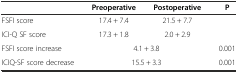
<table><thead><tr><td></td><td><b>Preoperative</b></td><td><b>Postoperative</b></td><td><b>P</b></td></tr></thead><tbody><tr><td>FSFI score</td><td>17.4 + 7.4</td><td>21.5 + 7.7</td><td></td></tr><tr><td>ICI-Q SF score</td><td>17.3 + 1.8</td><td>2.0 + 2.9</td><td></td></tr><tr><td>FSFI score increase</td><td colspan="2">4.1 + 3.8</td><td>0.001</td></tr><tr><td>ICIQ-SF score decrease</td><td colspan="2">15.5 + 3.3</td><td>0.001</td></tr></tbody></table>